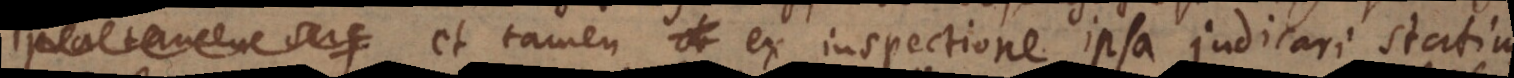
sup et tamen ex inspectione ipsa judicari statim